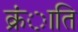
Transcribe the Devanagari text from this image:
क्रंाति